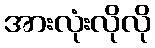
အားလုံးလိုလို